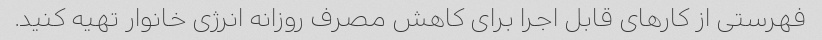
فهرستی از کارهای قابل اجرا برای کاهش مصرف روزانه انرژی خانوار تهیه کنید.